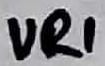
Text: VR1